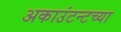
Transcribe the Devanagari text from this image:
अकाउंटन्टच्या